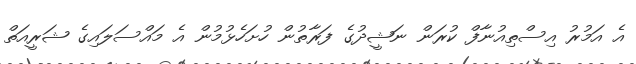
އެ އަމުރު އިސްތިއުނާފް ކުރަން ނަޝީދުގެ ފަރާތުން ހުށަހެޅުމުން އެ މައްސަލައިގެ ޝަރީއަތް